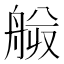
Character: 𰰍